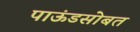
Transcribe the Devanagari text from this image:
पाऊंडसोबत